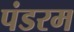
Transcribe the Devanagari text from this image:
पंडरम